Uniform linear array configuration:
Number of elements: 16
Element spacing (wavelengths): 0.75
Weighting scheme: kaiser
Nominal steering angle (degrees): -45
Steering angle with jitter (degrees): -46.969
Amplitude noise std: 0.05
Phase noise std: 0.05

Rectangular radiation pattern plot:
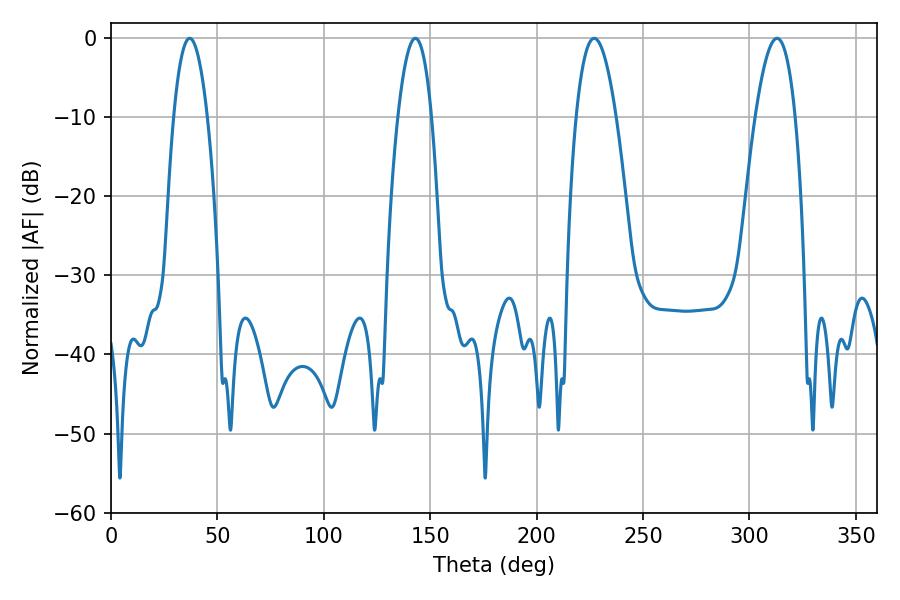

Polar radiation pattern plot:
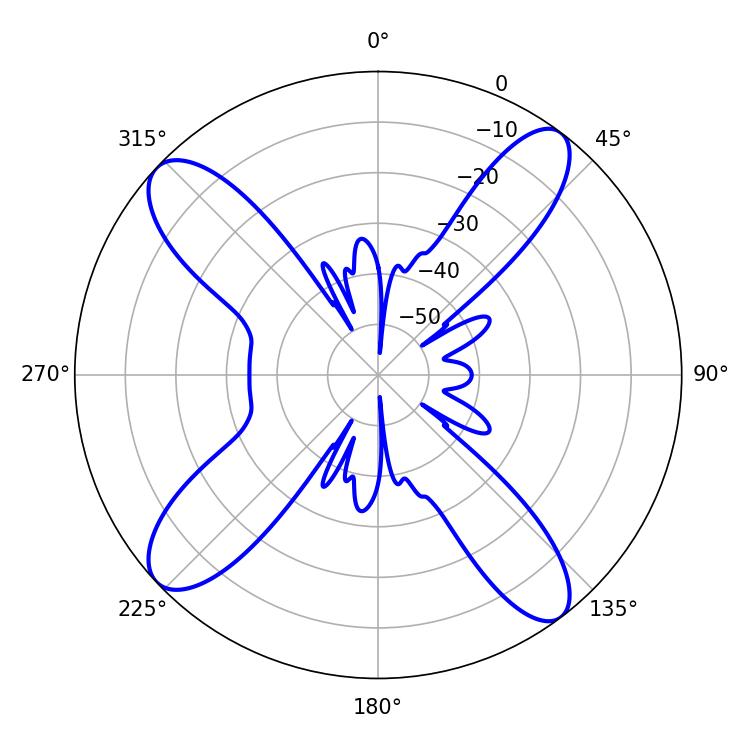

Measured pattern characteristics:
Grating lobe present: TRUE
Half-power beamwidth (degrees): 10.44
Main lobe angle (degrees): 226.98